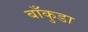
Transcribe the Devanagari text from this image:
बाँकुडा